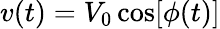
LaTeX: v(t)=V_{0}\cos[\phi(t)]